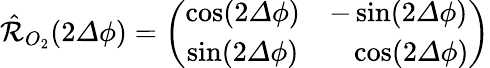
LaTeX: \begin{array}{r}{\hat{\mathcal{R}}_{O_{2}}(2{\mathit\Delta\phi})=\left(\begin{array}{cc}{\cos(2{\mathit\Delta\phi})}&{-\sin(2{\mathit\Delta\phi})}\\ {\sin(2{\mathit\Delta\phi})}&{\ \ \ \cos(2{\mathit\Delta\phi})}\end{array}\right)}\end{array}